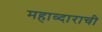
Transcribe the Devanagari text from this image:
महाव्दाराची